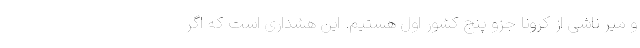
و میر ناشی از کرونا جزو پنج کشور اول هستیم. این هشداری است که اگر